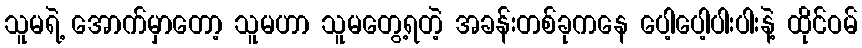
သူမရဲ့ အောက်မှာတော့ သူမဟာ သူမတွေ့ရတဲ့ အခန်းတစ်ခုကနေ ပေါ့ပေါ့ပါးပါးနဲ့ ထိုင်ဝမ်